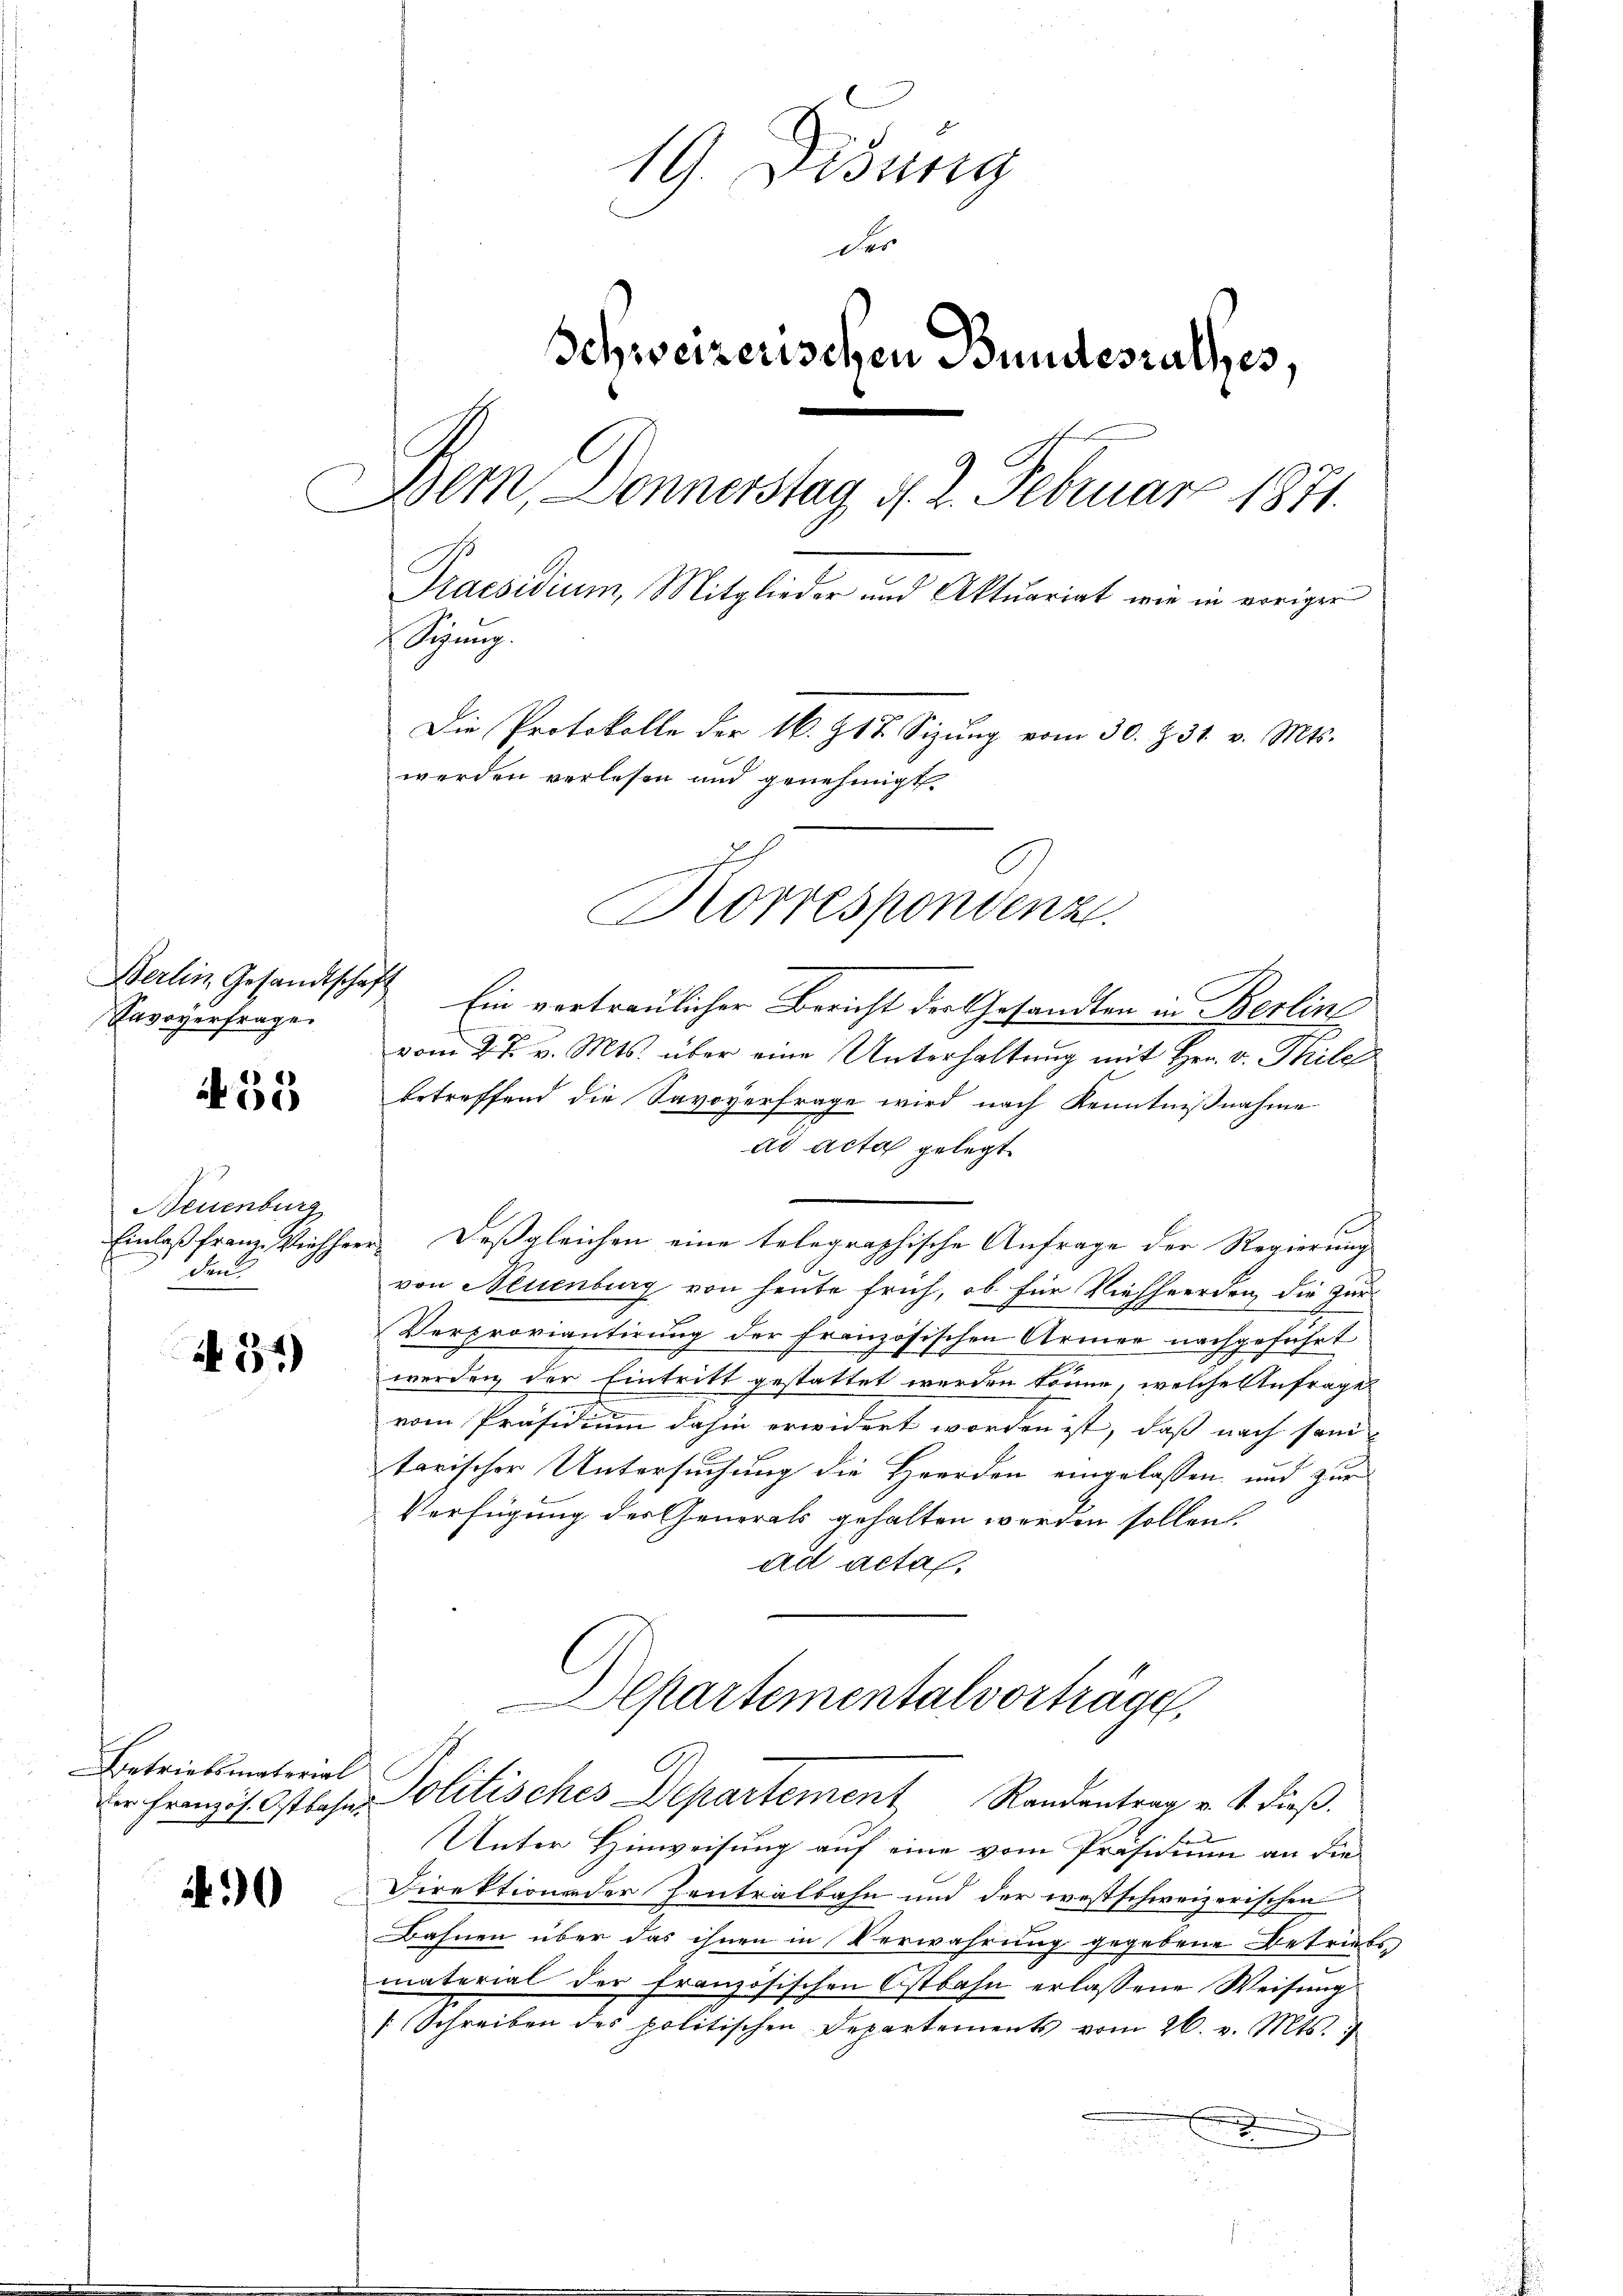
Berlin Gesandtschaft
Savoyerfrage

55

Neuenburg
Einlaß franz Viehheerden

51)

Betriebsmaterial

0

19. Didung
der
Schweizerischen Bundesrathes,
Dem Donnerstag d. 2. Februar 1871.
Praesidium, Mitglieder und Aktuariat wie in voriger
Sung.
Die Protokolle der N. Zt. Sizŭng vom 30. Z. 31. v. Mts.
werden verlesen und genehmigt.
Korrespondenz

Ein vortraulicher Bericht der Gesandten in Berlin
vom 27. v. Mts. über eine Unterhaltung mit Hrn. v. Thile
betreffend die Savoverfrage wird nach Kenntnißnahme
ad acta gelegt.
Deßgleichen eine telegraphische Anfrage der Regierung
von Neuenburg von heute früh, ob für Viehherden, die zur
Verproviantirung der französischen Armer nachgeführt
werden der Eintritt gestattet werden könne, welche Anfrage
vom Präsidium dahin erwidert worden ist, daß nach sanitarischer Untersuchung die Heerden eingelassen und zur
Verfügung der Generals gehalten werden sollen.
ad acta,
Departementalvorträge.
der Franzis Ostlose Politisches Departement Randentrag v. 4. dieß.
Unter Hinweisung auf eine vom Präsidium an die
Direktion der Zentralbahn und der westschweizerischen
Bahnen über das ihnen in Verwahrung gegebene Betriebs
material der französischen Ostbahn erlassene Weisung
[Schreiben des politischen Departements vom 26. v. Mts.
)
2
d